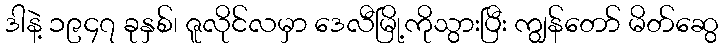
ဒါနဲ့ ၁၉၄၇ ခုနှစ်၊ ဇူလိုင်လမှာ ဒေလီမြို့ကိုသွားပြီး ကျွန်တော် မိတ်ဆွေ